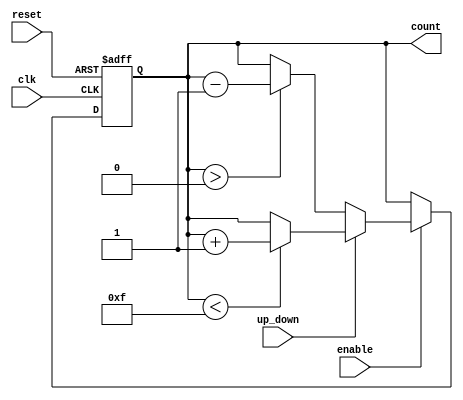
module synchronous_counter (
    input wire clk,          // Clock signal
    input wire reset,        // Asynchronous reset signal
    input wire enable,       // Enable signal
    input wire up_down,      // Count direction (1 for up, 0 for down)
    output reg [3:0] count   // 4-bit counter output
);

    // Parameter for maximum count value
    parameter MAX_COUNT = 4'b1111; // 15 for a 4-bit counter
    parameter MIN_COUNT = 4'b0000; // 0 for a 4-bit counter

    // Asynchronous reset and synchronous counting
    always @(posedge clk or posedge reset) begin
        if (reset) begin
            count <= MIN_COUNT; // Reset counter to 0
        end else if (enable) begin
            if (up_down) begin
                // Increment the counter, handle overflow
                if (count < MAX_COUNT) begin
                    count <= count + 1;
                end
            end else begin
                // Decrement the counter, handle underflow
                if (count > MIN_COUNT) begin
                    count <= count - 1;
                end
            end
        end
    end

endmodule